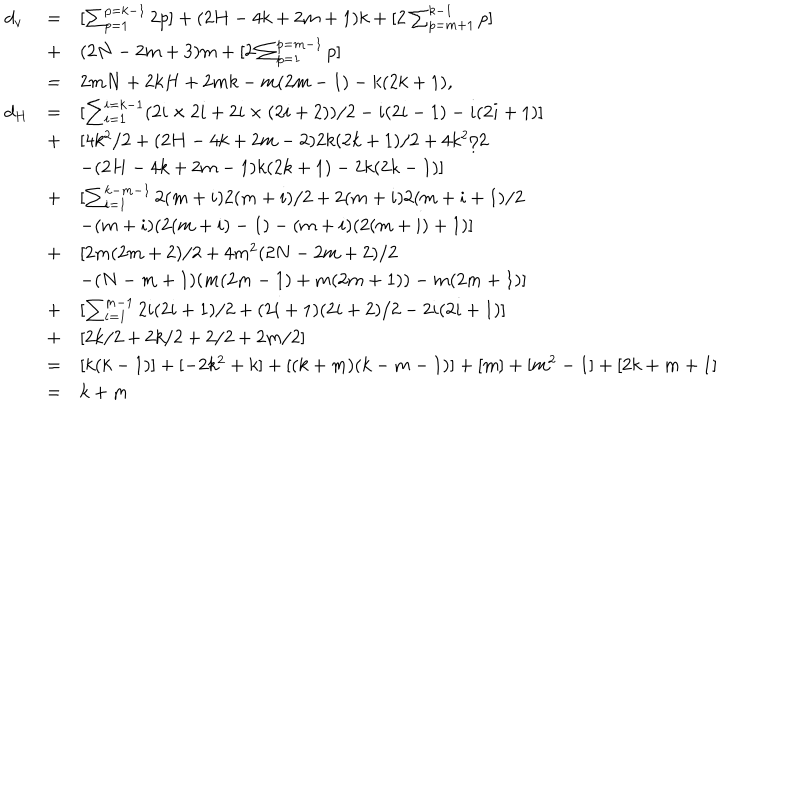
LaTeX: \begin{array} { l l l } { { d _ { v } } } & { { = } } & { { [ \sum _ { p = 1 } ^ { p = k - 1 } 2 p ] + ( 2 H - 4 k + 2 m + 1 ) k + [ 2 \sum _ { p = m + 1 } ^ { k - 1 } p ] } } \\ { { } } & { { + } } & { { ( 2 N - 2 m + 3 ) m + [ 2 \sum _ { p = 1 } ^ { p = m - 1 } p ] } } \\ { { } } & { { = } } & { { 2 m N + 2 k H + 2 m k - m ( 2 m - 1 ) - k ( 2 k + 1 ) , } } \\ { { d _ { H } } } & { { = } } & { { [ \sum _ { i = 1 } ^ { i = k - 1 } ( 2 i \times 2 i + 2 i \times ( 2 i + 2 ) ) / 2 - i ( 2 i - 1 ) - i ( 2 i + 1 ) ] } } \\ { { } } & { { + } } & { { [ 4 k ^ { 2 } / 2 + ( 2 H - 4 k + 2 m - 2 ) 2 k ( 2 k + 1 ) / 2 + 4 k ^ { 2 } / 2 } } \\ { { } } & { { } } & { { - ( 2 H - 4 k + 2 m - 1 ) k ( 2 k + 1 ) - 2 k ( 2 k - 1 ) ] } } \\ { { } } & { { + } } & { { [ \sum _ { i = 1 } ^ { k - m - 1 } 2 ( m + i ) 2 ( m + i ) / 2 + 2 ( m + i ) 2 ( m + i + 1 ) / 2 } } \\ { { } } & { { } } & { { - ( m + i ) ( 2 ( m + i ) - 1 ) - ( m + i ) ( 2 ( m + i ) + 1 ) ] } } \\ { { } } & { { + } } & { { [ 2 m ( 2 m + 2 ) / 2 + 4 m ^ { 2 } ( 2 N - 2 m + 2 ) / 2 } } \\ { { } } & { { } } & { { - ( N - m + 1 ) ( m ( 2 m - 1 ) + m ( 2 m + 1 ) ) - m ( 2 m + 1 ) ] } } \\ { { } } & { { + } } & { { [ \sum _ { i = 1 } ^ { m - 1 } 2 i ( 2 i + 1 ) / 2 + ( 2 i + 1 ) ( 2 i + 2 ) / 2 - 2 i ( 2 i + 1 ) ] } } \\ { { } } & { { + } } & { { [ 2 k / 2 + 2 k / 2 + 2 / 2 + 2 m / 2 ] } } \\ { { } } & { { = } } & { { [ k ( k - 1 ) ] + [ - 2 k ^ { 2 } + k ] + [ ( k + m ) ( k - m - 1 ) ] + [ m ] + [ m ^ { 2 } - 1 ] + [ 2 k + m + 1 ] } } \\ { { } } & { { = } } & { { k + m } } \\ \end{array}